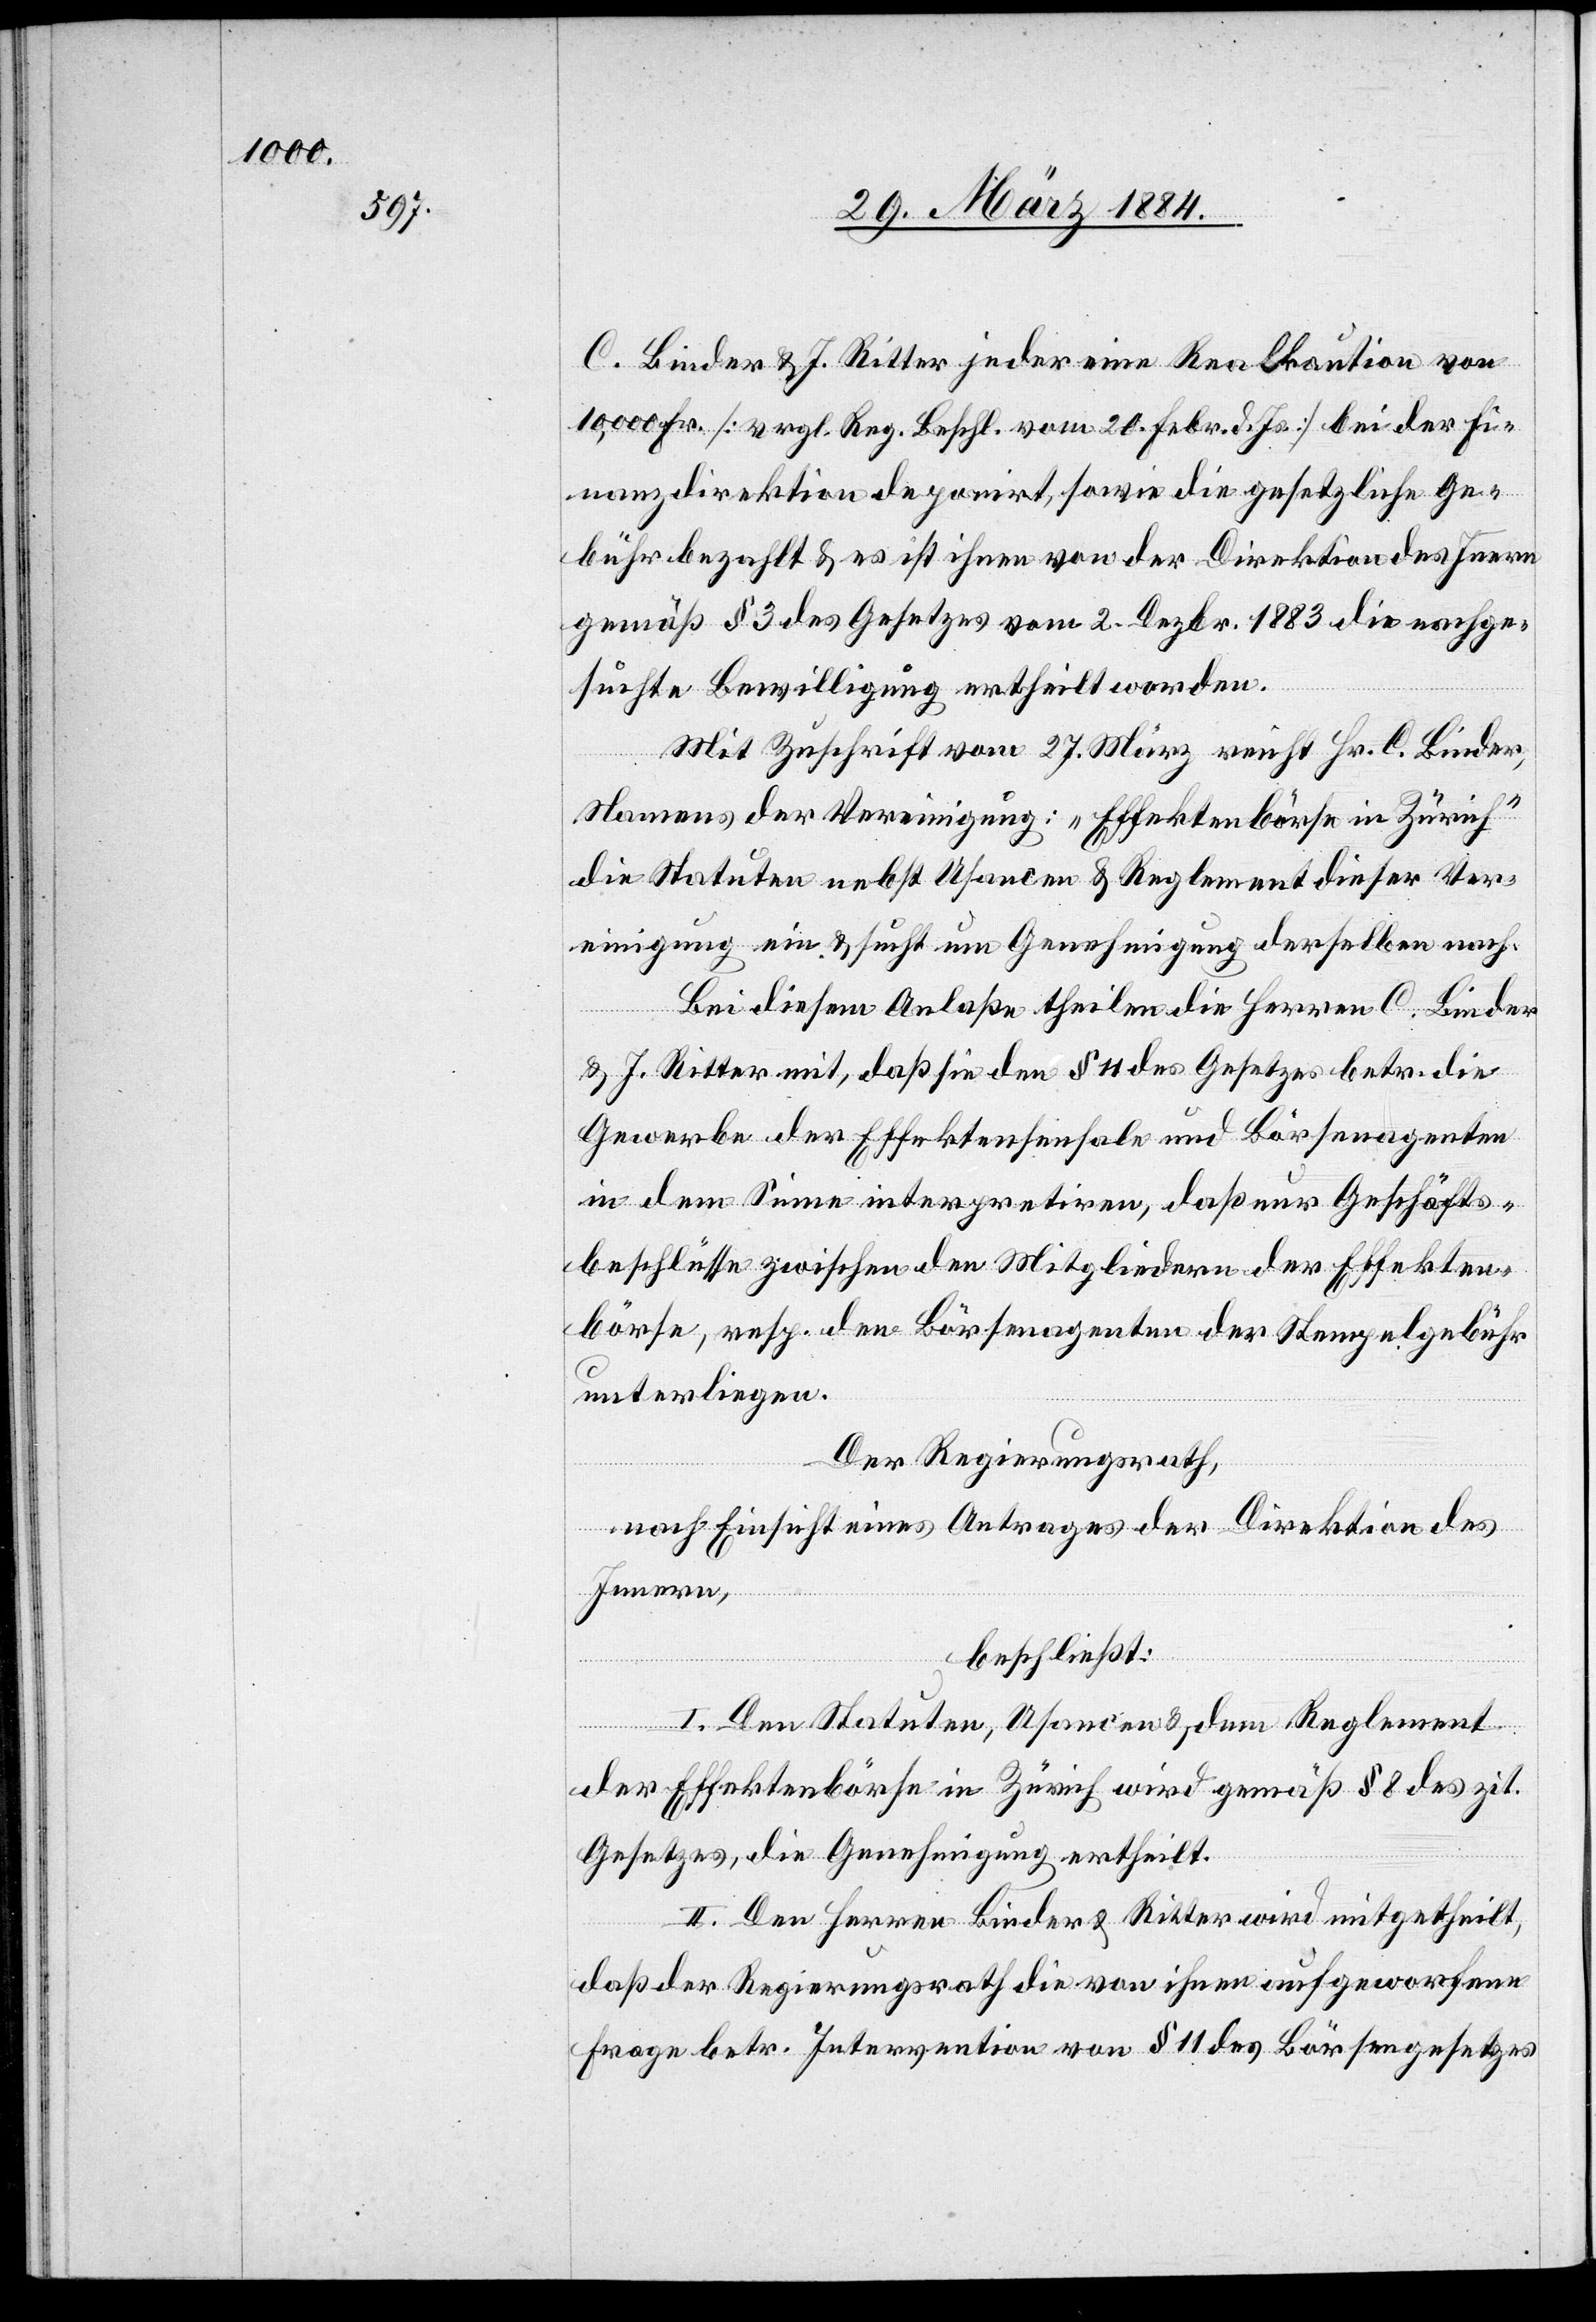
C. Binder & J. Ritter jeder eine Realkaution von
10,000 Fr. [vergl. Reg. Beschl. vom 20. Febr. d. Js.] bei der Fi¬
nanzdirektion deponirt, sowie die gesetzliche Ge¬
bühr bezahlt & es ist ihnen von der Direktion des Innern
gemäß § 3 des Gesetzes vom 2. Dezbr. 1883 die nachge¬
suchte Bewilligung ertheilt worden.
Mit Zuschrift vom 27. März reicht Hr. C. Binder,
Namens der Vereinigung: „Effektenbörsen in Zürich“
die Statuten nebst Usancen & Reglement dieser Ver¬
einigung ein & sucht um Genehmigung derselben nach.
Bei diesem Anlaße theilen die Herren C. Binder
& J. Ritter mit, daß sie den § 11 des Gesetzes betr. die
Gewerbe der Effektensensale und Börsenagenten
in dem Sinne interpretiren, daß nur Geschäfts¬
abschlüsse zwischen den Mitgliedern der Effekten¬
börse, resp. den Börsenagenten der Stempelgebühr
unterliegen.
Der Regierungsrath,
nach Einsicht eines Antrages der Direktion des
Innern,
beschließt:
I. Den Statuten, Usancen & dem Reglement
der Effektenbörse in Zürich wird gemäß § 8 des zit.
Gesetzes, die Genehmigung ertheilt.
II. Den Herren Binder & Ritter wird mitgetheilt,
daß der Regierungsrath die von ihnen aufgeworfene
Frage betr. Interpretation von § 11 des Börsengesetzes